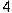
4